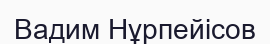
Вадим Нұрпейісов